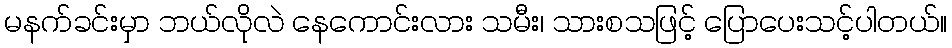
မနက်ခင်းမှာ ဘယ်လိုလဲ နေကောင်းလား သမီး၊ သားစသဖြင့် ပြောပေးသင့်ပါတယ်။